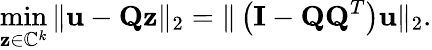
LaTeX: \operatorname*{min}_{\mathbf{z}\in\mathbb{C}^{k}}\| \mathbf{u}-\mathbf{Qz}\| _{2}=\| \left(\mathbf{I}-\mathbf{QQ}^{T}\right)\mathbf{u}\| _{2}.